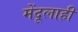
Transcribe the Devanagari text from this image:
मेंदूलाही